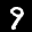
Label: 9